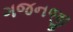
ગજનજી